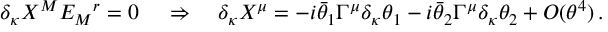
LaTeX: \delta _ { \kappa } X ^ { M } E _ { M } { } ^ { r } = 0 \, \quad \Rightarrow \quad \delta _ { \kappa } X ^ { \mu } = - i \bar { \theta } _ { 1 } \Gamma ^ { \mu } \delta _ { \kappa } \theta _ { 1 } - i \bar { \theta } _ { 2 } \Gamma ^ { \mu } \delta _ { \kappa } \theta _ { 2 } + { \cal O } ( \theta ^ { 4 } ) \, .